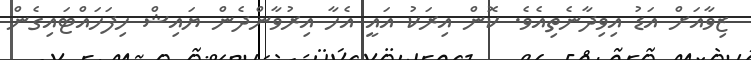
ޒިވާއަށް އަޑު އިވިދާނެތިއެވެ. ކޮން އިރަކު އައީ އެހާ އިރުވާންދެން ޔައިޝް ހިފަހައްޓައިގެން